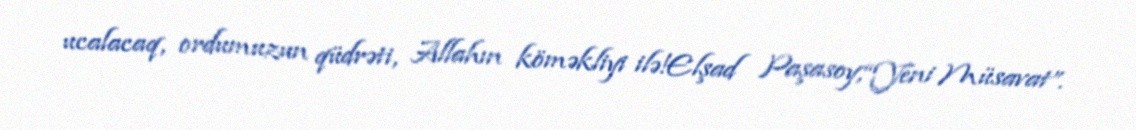
ucalacaq, ordumuzun qüdrəti, Allahın köməkliyi ilə!Elşad Paşasoy,“Yeni Müsavat”.